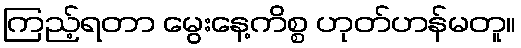
ကြည့်ရတာ မွေးနေ့ကိစ္စ ဟုတ်ဟန်မတူ။